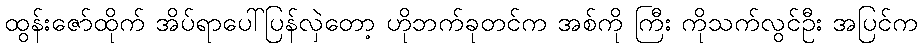
ထွန်းဇော်ထိုက် အိပ်ရာပေါ်ပြန်လှဲတော့ ဟိုဘက်ခုတင်က အစ်ကို ကြီး ကိုသက်လွင်ဦး အပြင်က